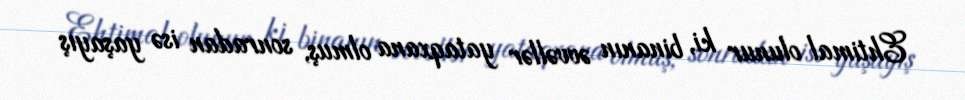
Ehtimal olunur ki, binanın əvvəllər yataqxana olmuş, sonradan isə yaşayış